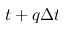
t + q \Delta t